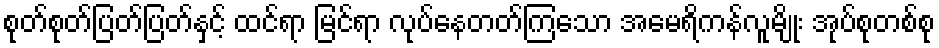
စုတ်စုတ်ပြတ်ပြတ်နှင့် ထင်ရာ မြင်ရာ လုပ်နေတတ်ကြသော အမေရိကန်လူမျိုး အုပ်စုတစ်စု